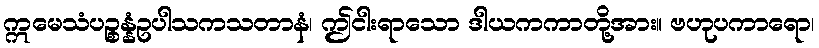
ဣမေသံပဉ္စန္နံဥပါသကသတာနံ၊ ဤငါးရာသော ဒါယကကာတို့အား။ ဗဟုပကာရော၊